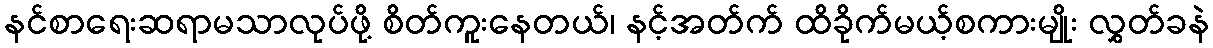
နင်စာရေးဆရာမသာလုပ်ဖို့ စိတ်ကူးနေတယ်၊ နင့်အတ်က် ထိခိုက်မယ့်စကားမျိုး လွှတ်ခနဲ